Scientific memoirs by medical officers of the Army of India - Part III,
Year: 1887
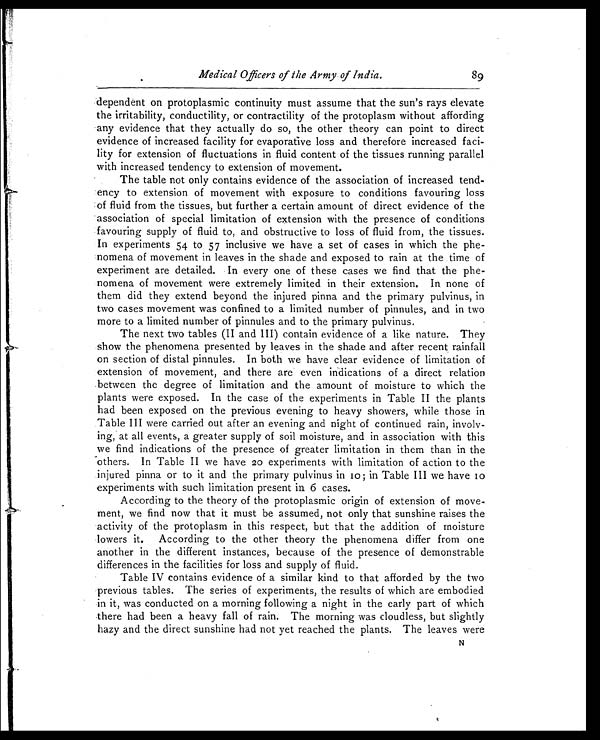
Medical Officers of the Army of India.
dependent on protoplasmic continuity must assume that the sun's rays elevate
the irritability, conductility, or contractility of the protoplasm without affording
any evidence that they actually do so, the other theory can point to direct
evidence of increased facility for evaporative loss and therefore increased faci-
lity for extension of fluctuations in fluid content of the tissues running parallel
with increased tendency to extension of movement.
The table not only contains evidence of the association of increased tend-
ency to extension of movement with exposure to conditions favouring loss
of fluid from the tissues, but further a certain amount of direct evidence of the
association of special limitation of extension with the presence of conditions
favouring supply of fluid to, and obstructive to loss of fluid from, the tissues.
In experiments 54 to 57 inclusive we have a set of cases in which the phe-
nomena of movement in leaves in the shade and exposed to rain at the time of
experiment are detailed. In every one of these cases we find that the phe-
nomena of movement were extremely limited in their extension. In none of
them did they extend beyond the injured pinna and the primary pulvinus, in
two cases movement was confined to a limited number of pinnules, and in two
more to a limited number of pinnules and to the primary pulvinus.
The next two tables (II and III) contain evidence of a like nature. They
show the phenomena presented by leaves in the shade and after recent rainfall
on section of distal pinnules. In both we have clear evidence of limitation of
extension of movement, and there are even indications of a direct relation
between the degree of limitation and the amount of moisture to which the
plants were exposed. In the case of the experiments in Table II the plants
had been exposed on the previous evening to heavy showers, while those in
Table III were carried out after an evening and night of continued rain, involv-
ing, at all events, a greater supply of soil moisture, and in association with this
we find indications of the presence of greater limitation in them than in the
others. In Table II we have 20 experiments with limitation of action to the
injured pinna or to it and the primary pulvinus in 10 in Table III we have 10
experiments with such limitation present in 6 cases.
According to the theory of the protoplasmic origin of extension of move-
ment, we find now that it must be assumed, not only that sunshine raises the
activity of the protoplasm in this respect, but that the addition of moisture
lowers it. According to the other theory the phenomena differ from one
another in the different instances, because of the presence of demonstrable
differences in the facilities for loss and supply of fluid.
Table IV contains evidence of a similar kind to that afforded by the two
previous tables. The series of experiments, the results of which are embodied
in it, was conducted on a morning following a night in the early part of which
there had been a heavy fall of rain. The morning was cloudless, but slightly
hazy and the direct sunshine had not yet reached the plants. The leaves were
89